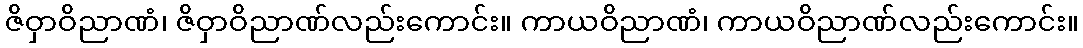
ဇိဝှာဝိညာဏံ၊ ဇိဝှာဝိညာဏ်လည်းကောင်း။ ကာယဝိညာဏံ၊ ကာယဝိညာဏ်လည်းကောင်း။